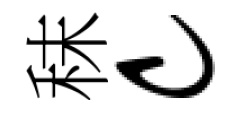
秣c